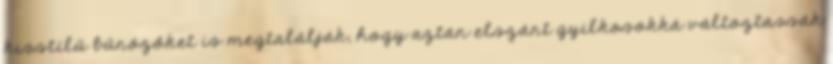
kisstílű bűnözőket is megtalálják, hogy aztán elszánt gyilkosokká változtassák